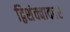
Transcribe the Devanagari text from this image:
द्विशंक्वाकार